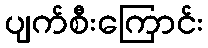
ပျက်စီးကြောင်း